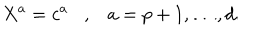
X ^ { a } = c ^ { a } , a = p + 1 , \ldots , d .